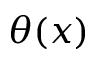
\theta ( x )